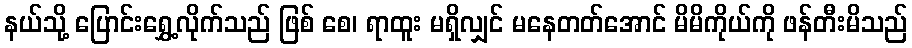
နယ်သို့ ပြောင်းရွှေ့လိုက်သည် ဖြစ် စေ၊ ရာထူး မရှိလျှင် မနေတတ်အောင် မိမိကိုယ်ကို ဖန်တီးမိသည်